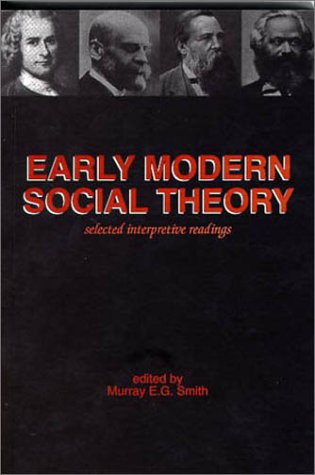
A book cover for Early Modern Social Theory: Selected Interpretive Readings; Politics & Social Sciences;